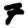
Digit: 7